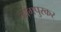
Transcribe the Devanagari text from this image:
नागपुरकर